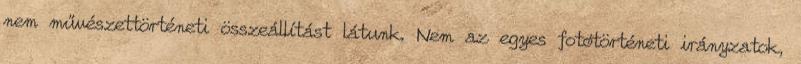
nem művészettörténeti összeállítást látunk. Nem az egyes fotótörténeti irányzatok,